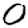
Digit: 0